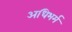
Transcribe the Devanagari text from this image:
अधिभर्म